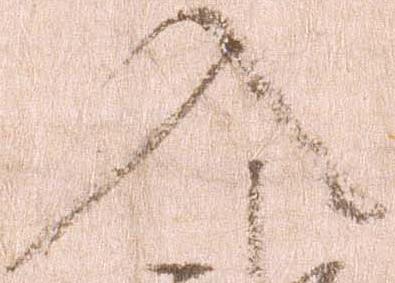
入